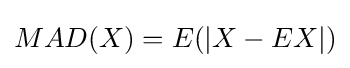
MAD(X)=E(|X-EX|)